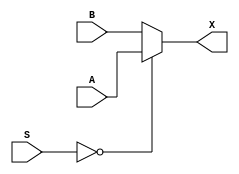
module mux_2x1_64bit_S2 (
    input [63:0] A, B,
    input [1:0] S,
    output reg [63:0] X
);

always @ (*) 
    begin
        if (S == 2'b00)
            X <= A;
        else if (S == 2'b11)
            X <= B;
        else // 2'b10
            X <= B;
    end
endmodule